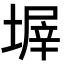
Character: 𡎰